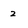
Character: 2